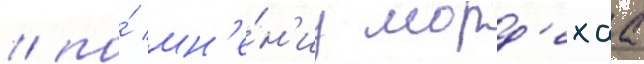
/ по́ мн'е́н'иу морд'ехаа